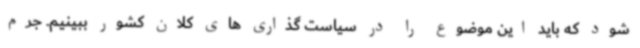
شود که باید این موضوع را در سیاست گذاری های کلان کشور ببینیم. جرم